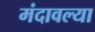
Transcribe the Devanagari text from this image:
मंदावल्या